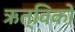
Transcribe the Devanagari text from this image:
ऋत्विकों